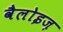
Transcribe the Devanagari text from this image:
वैलोइज़